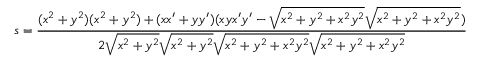
s = { \frac { ( x ^ { 2 } + y ^ { 2 } ) ( x ^ { 2 } + y ^ { 2 } ) + ( x x ^ { \prime } + y y ^ { \prime } ) ( x y x ^ { \prime } y ^ { \prime } - { \sqrt { x ^ { 2 } + y ^ { 2 } + x ^ { 2 } y ^ { 2 } } } { \sqrt { x ^ { 2 } + y ^ { 2 } + x ^ { 2 } y ^ { 2 } } } ) } { 2 { \sqrt { x ^ { 2 } + y ^ { 2 } } } { \sqrt { x ^ { 2 } + y ^ { 2 } } } { \sqrt { x ^ { 2 } + y ^ { 2 } + x ^ { 2 } y ^ { 2 } } } { \sqrt { x ^ { 2 } + y ^ { 2 } + x ^ { 2 } y ^ { 2 } } } } }